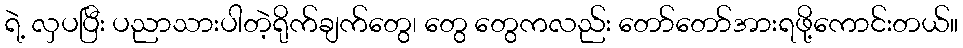
ရဲ့ လှပပြီး ပညာသားပါတဲ့ရိုက်ချက်တွေ၊ တွေ တွေကလည်း တော်တော်အားရဖို့ကောင်းတယ်။